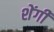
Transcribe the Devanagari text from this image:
शेंगी